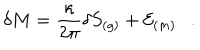
\delta M = { \frac { \kappa } { 2 \pi } } \delta S _ { ( g ) } + { \cal E } _ { ( m ) } .